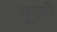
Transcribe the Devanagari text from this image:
मूजी